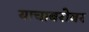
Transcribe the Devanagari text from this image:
याचाबरोबर